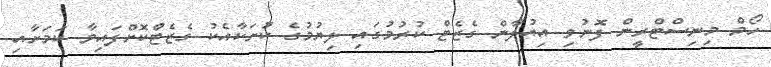
ހޯމް މިނިސްޓްރީން ފޮނުވި އިއުލާން ގެޒެޓް ކުރުމުގައި ލިޔުމުގެ ކުށަކާއެކު ގެޒެޓްކޮށްފައިވާ ކަމަށާއި